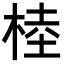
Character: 𣔭